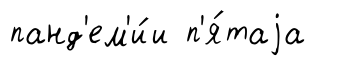
панд'ем'и́и п'я́таjа